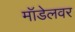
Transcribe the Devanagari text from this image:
मॉडेलवर